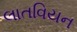
લાતવિયન